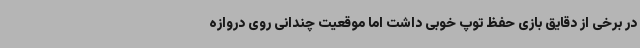
در برخی از دقایق بازی حفظ توپ خوبی داشت اما موقعیت چندانی روی دروازه